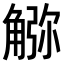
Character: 𧤆